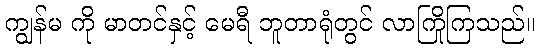
ကျွန်မ ကို မာတင်နှင့် မေရီ ဘူတာရုံတွင် လာကြိုကြသည်။